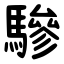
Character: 驂